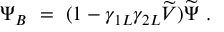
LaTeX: \Psi _ { B } \ = \ ( 1 - \gamma _ { 1 L } \gamma _ { 2 L } \widetilde V ) \widetilde \Psi \ .